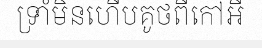
ទ្រាំមិនហើបគូថពីកៅអី